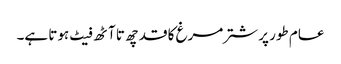
عام طور پر شتر مرغ کا قد چھ تا آٹھ فیٹ ہوتا ہے۔